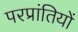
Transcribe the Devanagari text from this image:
परप्रांतियों